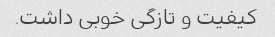
کیفیت و تازگی خوبی داشت.